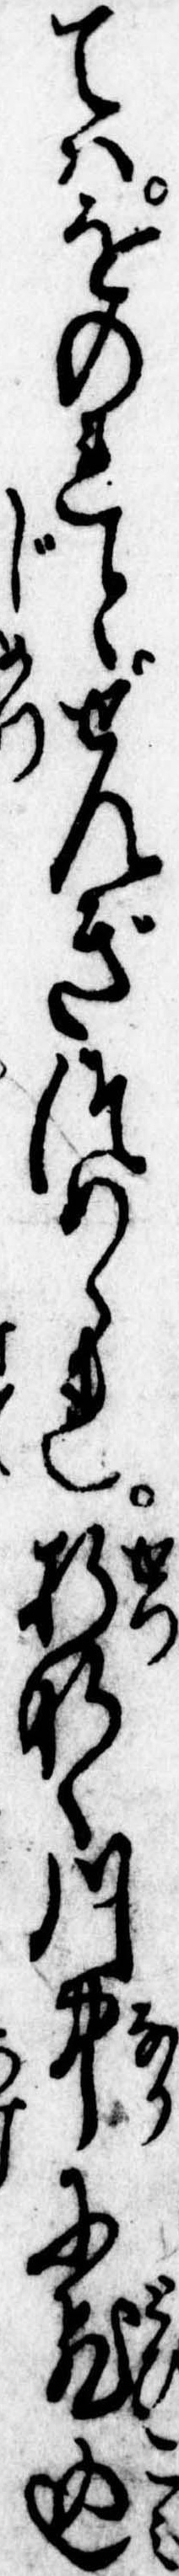
てはをのれとせんぎつめられ折なく川中に飛込